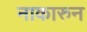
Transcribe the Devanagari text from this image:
नाकारुन